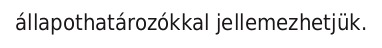
állapothatározókkal jellemezhetjük.